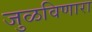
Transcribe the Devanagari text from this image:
जुळविणारा